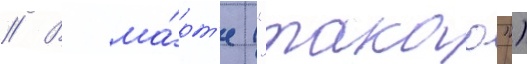
// В ма́рт'е ("такао")